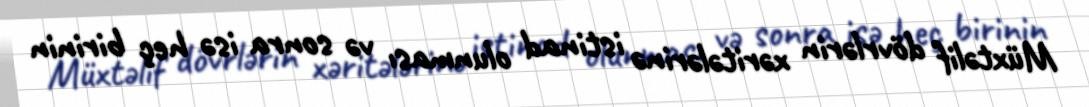
Müxtəlif dövrlərin xəritələrinə istinad olunması və sonra isə heç birinin